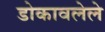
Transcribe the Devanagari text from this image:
डोकावलेले